Annual administration report of the Civil Veterinary Department, Sind - 1945-1946
Year: 1945
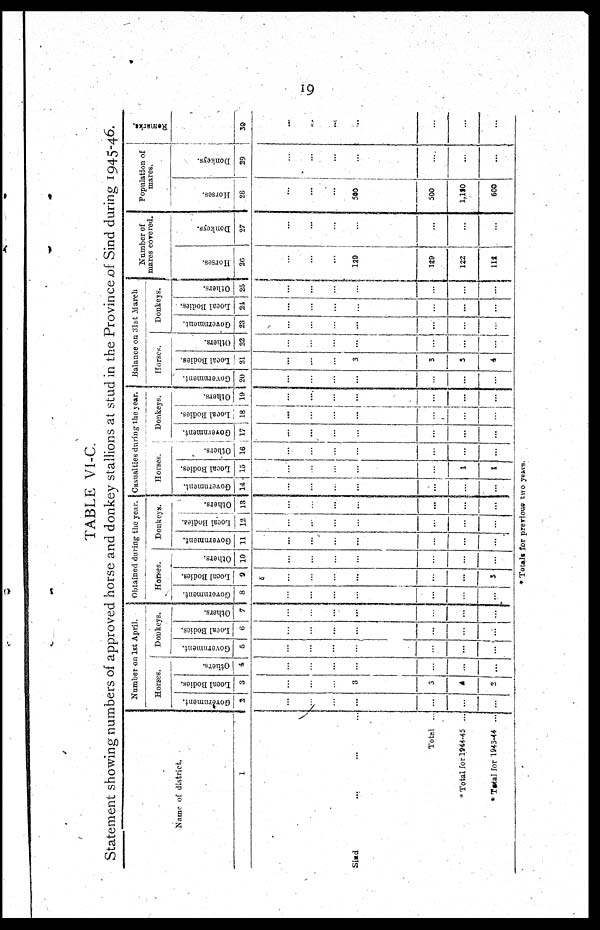
19
TABLE VI-C.
Statement showing numbers of approved horse and donkey stallions at stud in the Province of Sind during 1945-46.
Name of district.
1
Sind
... ... ...
Total ...
* Total for 1944-45 ...
* Total for 1943-44 ...
Number on 1st April.
Horses.
Government.
2
...
...
...
...
...
...
...
Local Bodies.
3
...
...
...
3
3
4
2
Others.
4
...
...
...
...
...
...
...
Donkeys.
Government.
5
...
...
...
...
...
...
...
Local Bodies.
6
...
...
...
...
...
...
...
Others.
7
...
...
...
...
.....
...
...
Obtained during the year.
Horses
Government.
8
...
...
...
...
...
...
...
Local Bodies.
9
6
...
...
...
...
...
...
5
Others.
10
...
...
...
...
...
...
...
Donkeys.
Government.
11
...
...
...
...
...
...
......
Local Bodies.
12
...
...
...
...
...
...
...
Others.
13
...
...
...
...
...
...
...
Casualties during the year.
Horses.
Government.
14
...
...
...
...
...
...
...
Local Bodies.
15
...
...
...
...
...
1
1
Others.
16
...
...
...
...
...
...
...
Donkeys.
Government.
17
...
...
...
...
...
...
...
Local Bodies.
18
...
...
...
...
...
...
...
Others.
19
...
...
...
...
...
...
...
Balance on 31st March
Horses.
Government.
20
...
...
...
...
...
...
...
Local Bodies.
21
...
...
...
3
3
3
4
Others.
22
...
...
...
...
...
...
...
Donkeys.
Government.
23
...
...
...
...
...
...
...
Local Bodies.
24
...
...
...
...
...
...
...
Others.
25
...
...
...
...
...
...
...
Number of
mares covered.
Horses.
26
...
...
...
129
129
122
112
Donkeys.
27
...
...
...
...
...
...
...
Population of
mares.
Horses.
28
...
...
...
500
500
1,150
600
Donkeys.
29
...
...
...
...
...
...
...
Remarks.
30
......
...
...
......
...
...
...
* Totals for previous two years.